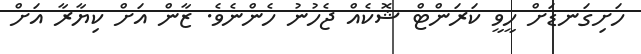
ހަށިގަނޑަށް ހީވީ ކަރަންޓް ޝޮކެއް ޖެހުނު ހެންނެވެ. ޒާން އަށް ކިޔާރާ އަށް